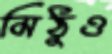
মিঠুও